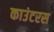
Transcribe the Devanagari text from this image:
काउंटरस